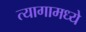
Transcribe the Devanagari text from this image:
त्यागामध्ये